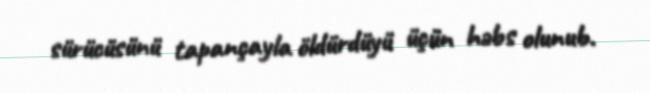
sürücüsünü tapançayla öldürdüyü üçün həbs olunub.